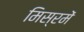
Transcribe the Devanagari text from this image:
मिस्रमें